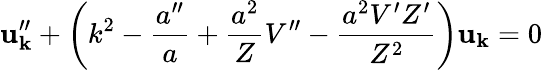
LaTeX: \mathbf{u}_{\mathbf{k}}^{\prime\prime}+\left(k^{2}-\frac{{a^{\prime\prime}}}{{a}}+\frac{{a^{2}}}{{Z}}V^{\prime\prime}-\frac{{a^{2}V^{\prime}Z^{\prime}}}{{Z^{2}}}\right)\mathbf{u}_{\mathbf{k}}=0